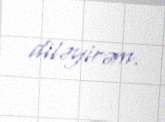
diləyirəm.